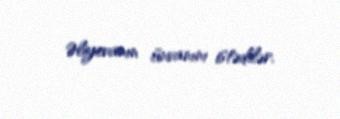
Əliyevanın ünvanını istədilər.